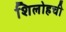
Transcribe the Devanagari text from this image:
शिलोहची